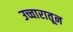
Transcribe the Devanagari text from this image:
उच्चारातून